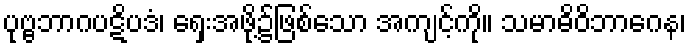
ပုဗ္ဗဘာဂပဋိပဒံ၊ ရှေးအဖို့၌ဖြစ်သော အကျင့်ကို။ သမာဓိဝိဘာဂေန၊